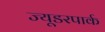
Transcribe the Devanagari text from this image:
ज्यूडरपार्क